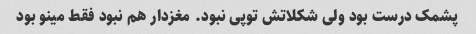
پشمک درست بود ولی شکلاتش توپی نبود. مغزدار هم نبود فقط مینو بود